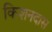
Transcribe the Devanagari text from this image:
किशनदास